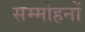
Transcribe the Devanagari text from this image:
सम्मोहनों